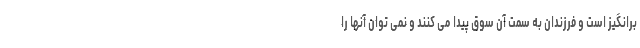
برانگیز است و فرزندان به سمت آن سوق پیدا می کنند و نمی توان آنها را